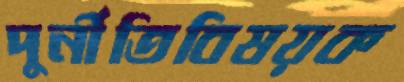
দুর্নীতিবিষয়ক